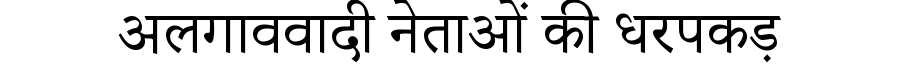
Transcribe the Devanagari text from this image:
अलगाववादी नेताओं की धरपकड़